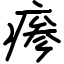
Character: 瘆